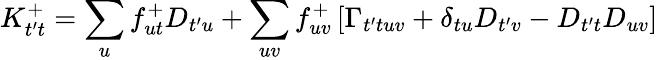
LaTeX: K_{t^{\prime}t}^{+}=\sum_{u}f_{ut}^{+}D_{t^{\prime}u}+\sum_{uv}f_{uv}^{+}\left[\Gamma_{t^{\prime}tuv}+\delta_{tu}D_{t^{\prime}v}-D_{t^{\prime}t}D_{uv}\right]